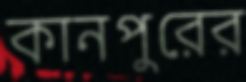
কানপুরের